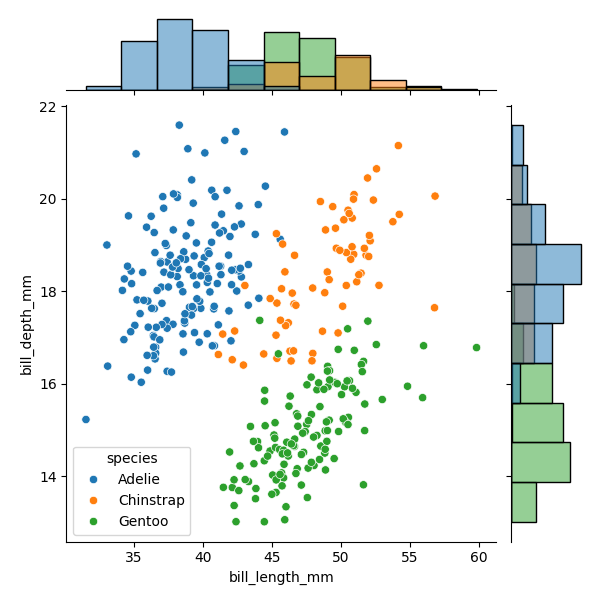
python, seaborn, JointGrid, scatterplot, histplot, hue